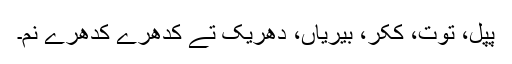
پپل، تُوت، کِکر، بیریاں، دھریک تے کدھرے کدھرے نِم۔